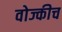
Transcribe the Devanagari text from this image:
वोज्कीच